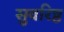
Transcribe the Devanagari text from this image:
सुवरिष्ठ